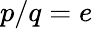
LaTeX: p/q=e